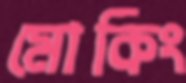
মোকিং